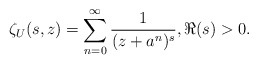
\begin{align*}\zeta_U(s,z)=\sum_{n=0}^{\infty} \frac{1}{(z+a^{n})^s}, \Re(s)>0.\end{align*}